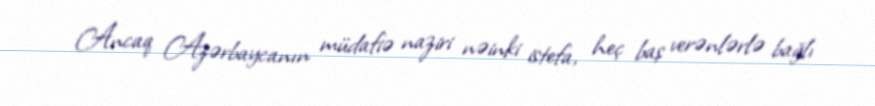
Ancaq Azərbaycanın müdafiə naziri nəinki istefa, heç baş verənlərlə bağlı